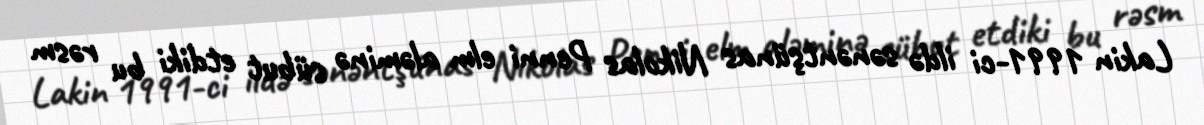
Lakin 1991-ci ildə sənəntşünas Nikolas Penni elm aləminə sübut etdiki bu rəsm